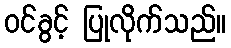
ဝင်ခွင့် ပြုလိုက်သည်။